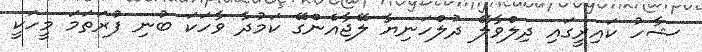
ޝާހު ކައިރީގައި ދިލްވާލޭ ދުލްހަނިޔާ ލޭޖާއެންގޭ ކަމުދާ ވާހަކަ ބުނި ފުރަތަމަ މީހަކީ